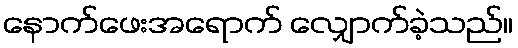
နောက်ဖေးအရောက် လျှောက်ခဲ့သည်။